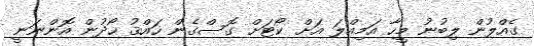
ގެއްލުން ލިބުނު މީހާ އަމިއްލަ އަށް ކޯޓަށް ގޮސްގެން ހައްޤު ހޯދުން އޮންނަނީ